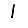
Digit: 1